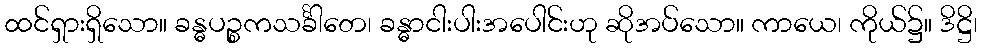
ထင်ရှားရှိသော။ ခန္ဓပဉ္စကသင်္ခါတေ၊ ခန္ဓာငါးပါးအပေါင်းဟု ဆိုအပ်သော။ ကာယေ၊ ကိုယ်၌။ ဒိဋ္ဌိ၊